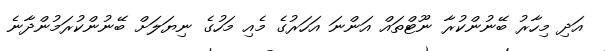
އަދި މިހާރު ބޭނުންކުރާ ނޫޓްތައް އަންނަ އަހަރުގެ މެއި މަހުގެ ނިޔަލަށް ބޭނުންކުރަމުންދާނެ